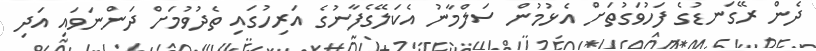
ދެން ރޭގަނޑުގެ ފަހުވަގުތަށް އެޅުމުން ސަލްމާނު އެކަލޭގެފާނުގެ އަރިހުގައި ތެދުވުމަށް ދަންނަވައި އަދި